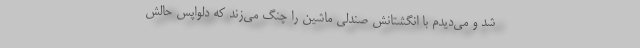
شد و می‌دیدم با انگشتانش صندلی ماشین را چنگ می‌زند که دلواپس حالش